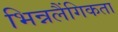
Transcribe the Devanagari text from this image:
भिन्नलैंगिकता